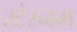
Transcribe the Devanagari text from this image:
स्टेरनम